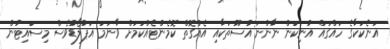
އަނެކަކާގެ ހައްގައް އުނިކަން ނާންނަ އުސޫތަކާއި އެއްގޮތް ކޮމެންޓެއްކަމަށް ވާނަމަ އަޕުލޯޑުވެސް މިސައިޓުން